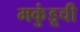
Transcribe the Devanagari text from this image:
मकुंडूची